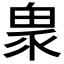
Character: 𤲄